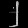
Digit: ၂